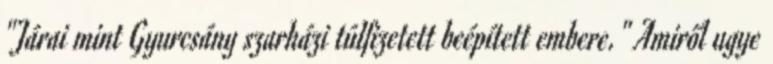
"Járai mint Gyurcsány szarházi túlfizetett beépített embere." Amiről ugye